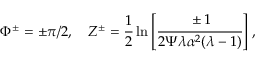
\Phi ^ { \pm } = \pm \pi / 2 , \quad Z ^ { \pm } = \frac { 1 } { 2 } \ln \left[ \cfrac { \pm 1 } { 2 \Psi \lambda \alpha ^ { 2 } ( \lambda - 1 ) } \right] \, ,